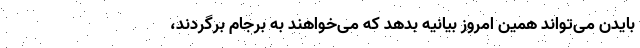
بایدن می‌تواند همین امروز بیانیه بدهد که می‌خواهند به برجام برگردند،